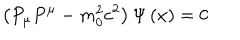
LaTeX: \left( P _ { \mu } P ^ { \mu } - m _ { 0 } ^ { 2 } c ^ { 2 } \right) \Psi \left( x \right) = 0